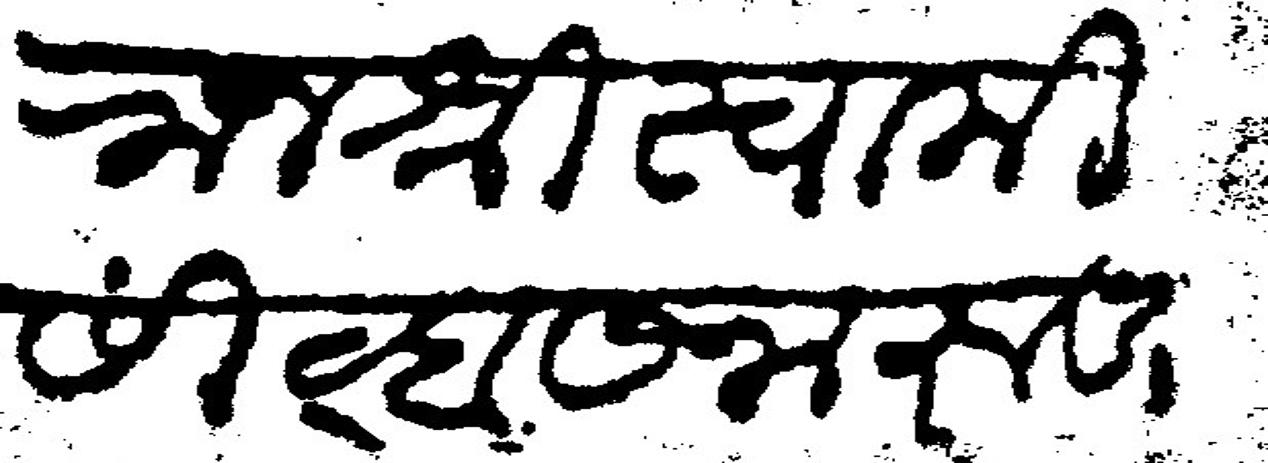
Transliteration (Devanagari): राजश्री स्वामी सिंव्हासनारूढ